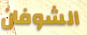
الشوفان